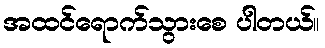
အထင်ရောက်သွားစေ ပါတယ်။